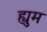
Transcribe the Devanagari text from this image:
ह्युम